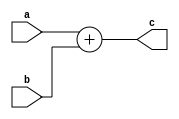
module SD_add_6_bit (a,b,c);
  input [5:0]a,b;
  output [5:0]c;
  
  assign c=a+b;
  
endmodule